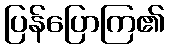
ပြန်ပြောကြ၏